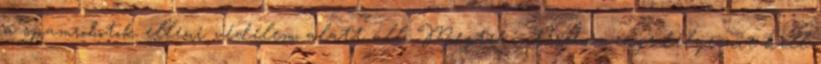
a spamrobotok elleni védelem alatt áll. Megtekintéséhez engedélyeznie kell